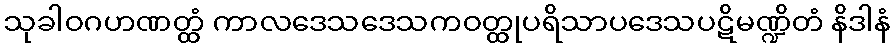
သုခါဝဂဟဏတ္ထံ ကာလဒေသဒေသကဝတ္ထုပရိသာပဒေသပဋိမဏ္ဍိတံ နိဒါနံ